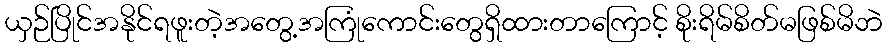
ယှဉ်ပြိုင်အနိုင်ရဖူးတဲ့အတွေ့အကြုံကောင်းတွေရှိထားတာကြောင့် စိုးရိမ်စိတ်မဖြစ်မိဘဲ